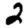
Digit: 2